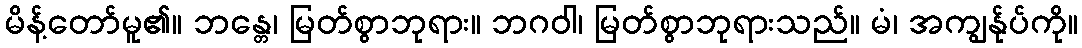
မိန့်တော်မူ၏။ ဘန္တေ၊ မြတ်စွာဘုရား။ ဘဂဝါ၊ မြတ်စွာဘုရားသည်။ မံ၊ အကျွန်ုပ်ကို။